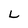
Character: L